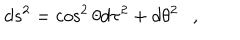
d s ^ { 2 } = \cos ^ { 2 } \theta d \tau ^ { 2 } + d \theta ^ { 2 } ,